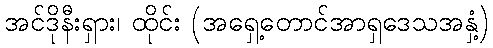
အင်ဒိုနီးရှား၊ ထိုင်း (အရှေ့တောင်အာရှဒေသအနှံ့)